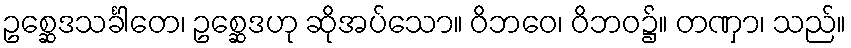
ဥစ္ဆေဒသင်္ခါတေ၊ ဥစ္ဆေဒဟု ဆိုအပ်သော။ ဝိဘဝေ၊ ဝိဘဝ၌။ တဏှာ၊ သည်။